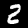
Digit: 2